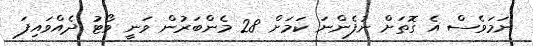
ނަމަވެސް އެ ގޮތަށް ނުފެންނަ ކަމަށް 28 މެންބަރުން ވަނީ ވޯޓު ދެއްވައިފަ